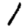
Digit: 1